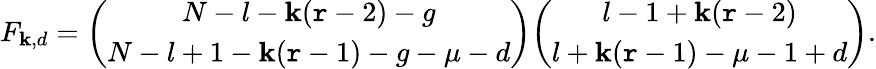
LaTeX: F_{\mathbf{k},d}={\binom{N-l-\mathbf{k}(\mathtt{r}-2)-g}{N-l+1-\mathbf{k}(\mathtt{r}-1)-g-\mu-d}}{\binom{l-1+\mathbf{k}(\mathtt{r}-2)}{l+\mathbf{k}(\mathtt{r}-1)-\mu-1+d}}.